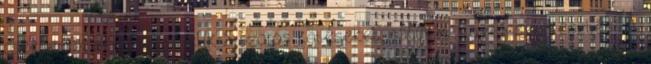
csecsemők nehezen viselik a szoros kötéseket, satukat. Egyéb szerkesztés A